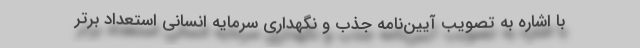
با اشاره به تصویب آیین‌نامه جذب و نگهداری سرمایه انسانی استعداد برتر